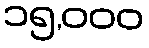
၁၅,၀၀၀